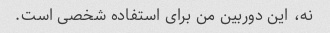
نه، این دوربین من برای استفاده شخصی است.